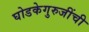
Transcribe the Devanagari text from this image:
घोडकेगुरुजींची